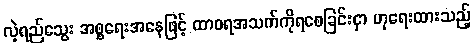
လဲ့ရည်သွေး အစ္စရေးအနေဖြင့် ထာဝရအသက်ကိုရစေခြင်းငှာ ဟုရေးထားသည့်